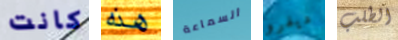
كانت هذه السماعة ديفرو الطلب